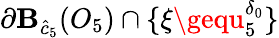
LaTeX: \partial\mathbf{B}_{\hat{{c}}_{5}}(O_{5})\cap\{ \xi\gequ_{5}^{\delta_{0}}\}